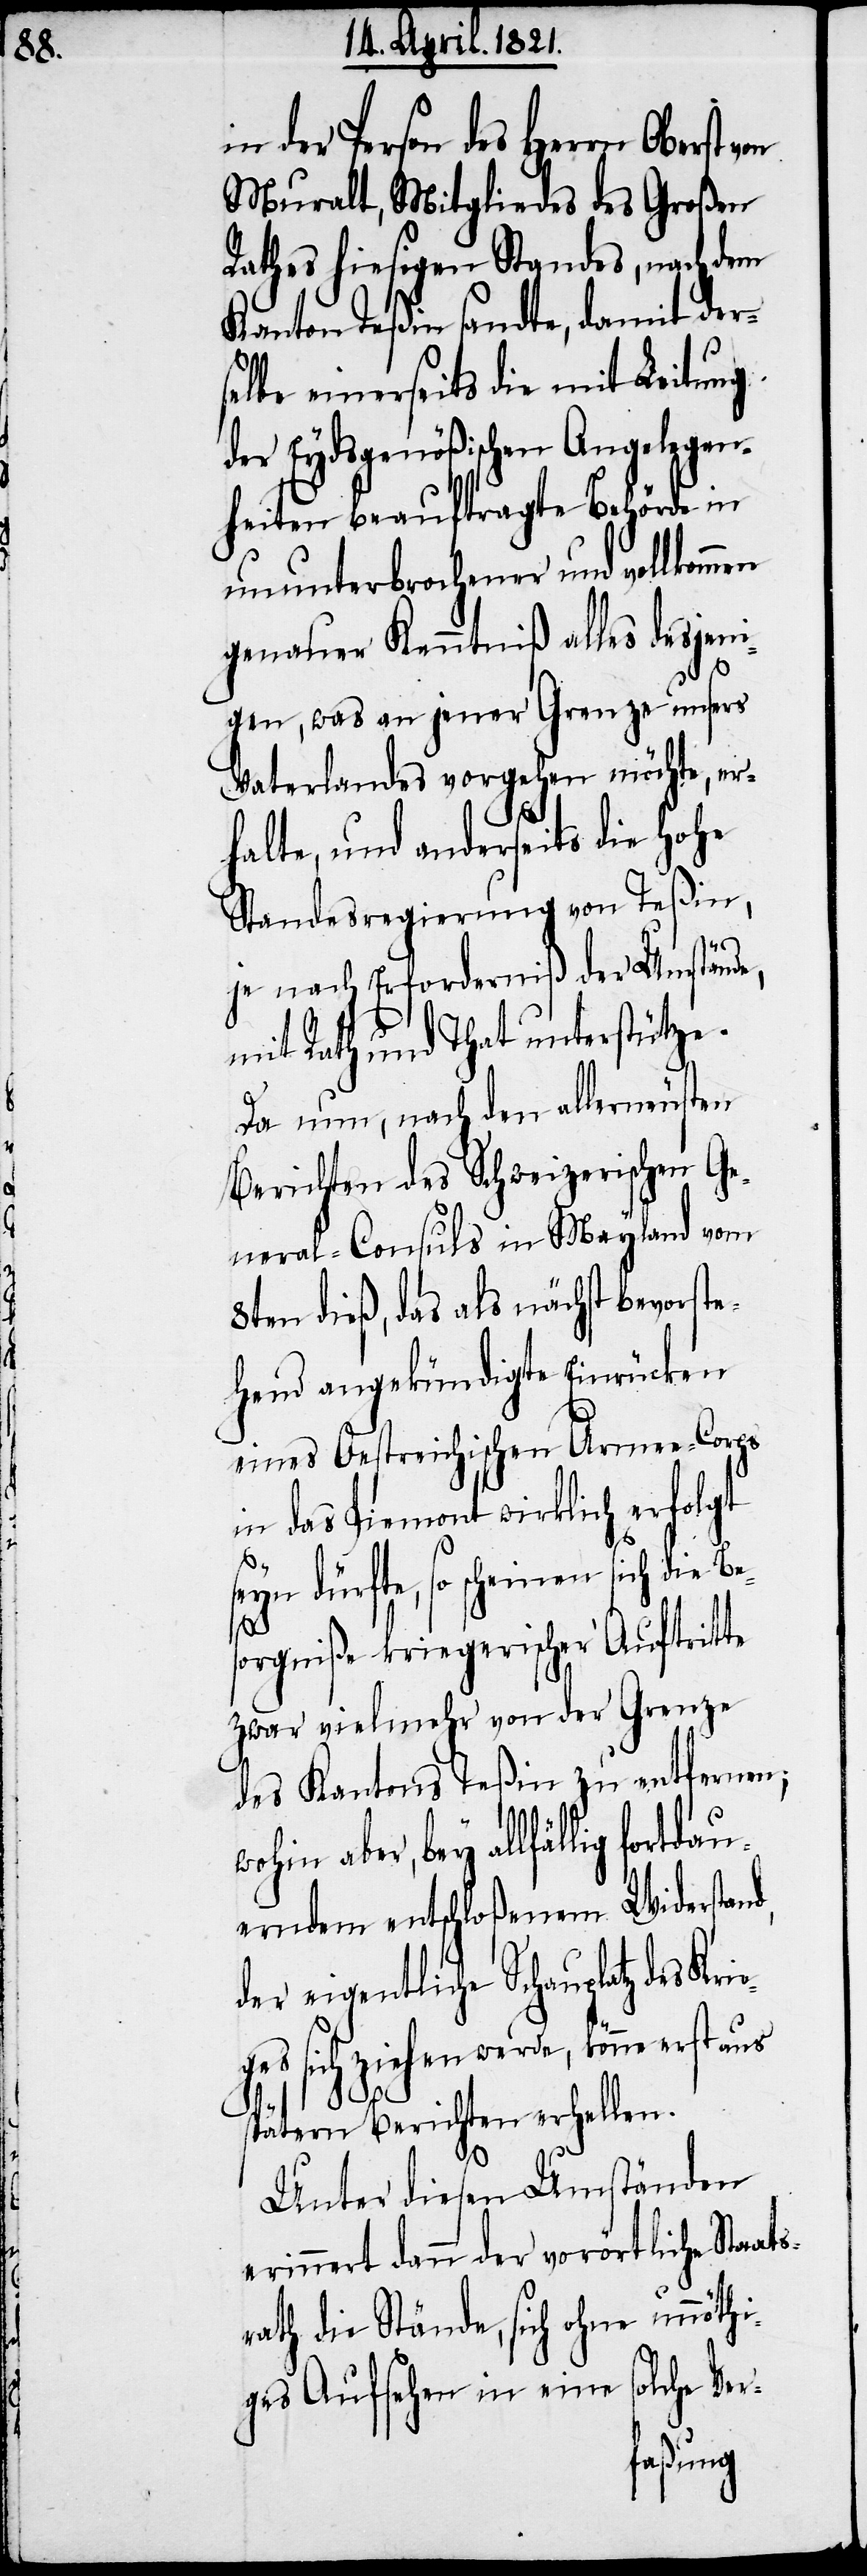
der Person des Herrn Oberst
Muralt, Mitgliedes des Großen
Rathes hiesigen Standes, nach dem
Kanton Teßin sandte, damit der¬
selbe einerseits die mit Leitung
der Eydsgenößischen Angelegen¬
heiten beauftragte Behörde un¬
unterbrochen und vollkommen
genauer Kenntniß alles dasjeni¬
ge, was an jener Grenze unsers
Vaterlandes vorgehen möchte, er¬
halte, und anderseits die hohe
Standesregierung von Teßin,
s¬
je nach Erforderniß der Umstände,
mit Rath und That unterstütze.
Da nun, nach den allerneusten
Berichten des Schweizerischen Ge¬
neral-Consuls in Mayland vom
8ten dieß, das als nächst bevorste¬
hend angekündigte Einrücken
eines Oestreichischen Armee-Corps
in das Piemont wirklich erfolgt
dürfte, so scheinen sich die
orgniße kriegerischer Auftritte
zwar vielmehr von der Grenze
des Kantons Teßin zu entfernen;
aber, bey allfällig fortdau¬
erndem entschloßenem Widerstand,
der eigentliche Schauplatz des
ges sich ziehen werde, könne erst
pätern Berichten erhellen.
aus s¬
Unter diesen Umständen
erinnert dann der vorörtliche Staat¬
rath die Stände, sich ohne unnöthi¬
ges Aufsehen in eine solche Ver-